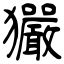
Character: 玁